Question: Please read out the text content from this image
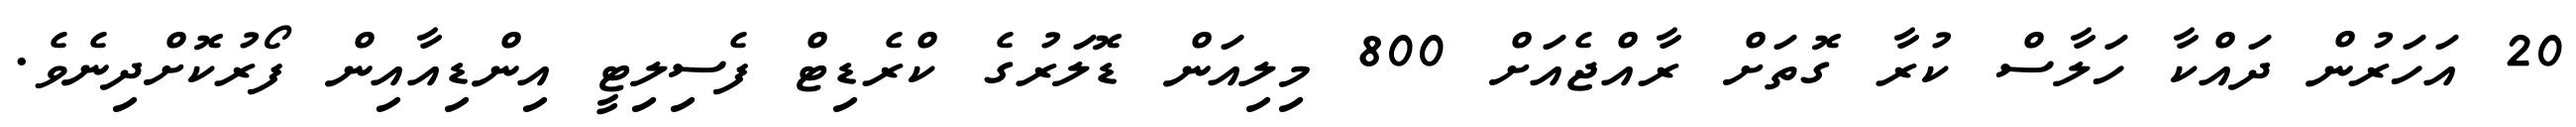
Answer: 20 އަހަރުން ދައްކާ ހަލާސް ކުރާ ގޮތަށް ރާއްޖެއަށް 800 މިލިއަން ޑޮލަރުގެ ކްރެޑިޓް ފެސިލިޓީ އިންޑިއާއިން ފޯރުކޮށްދިނެވެ.